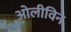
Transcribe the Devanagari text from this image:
ओलीविन